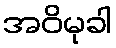
အဝိမုခါ